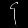
Digit: ၄